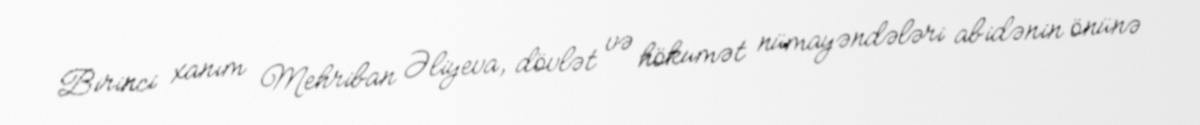
Birinci xanım Mehriban Əliyeva, dövlət və hökumət nümayəndələri abidənin önünə